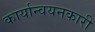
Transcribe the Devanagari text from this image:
कार्यान्‍वयनकारी